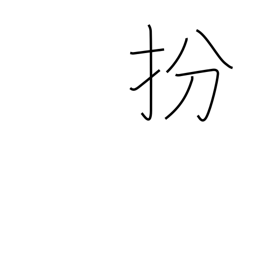
Meaning: disguise